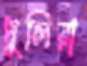
ধুলিয়া